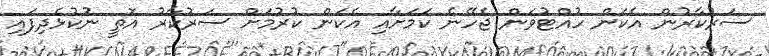
ސަރުކާރުން އެކަން ހުއްޓުވަން ޖެހޭނެ ކަމަށާއި އެކަން ކުރުމަށް ސަރުކާރު އޮތީ ނުކުޅެދިފައި